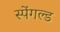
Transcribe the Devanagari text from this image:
स्पेंगल्ड